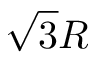
{ \sqrt { 3 } } R